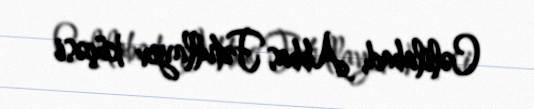
Cəlilabad, Abbas Fətullayev küçəsi